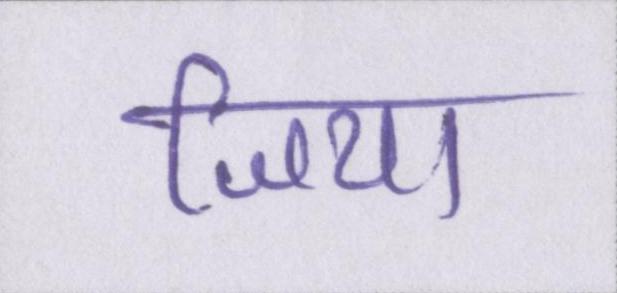
जिया